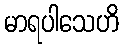
မာရပါသေဟိ